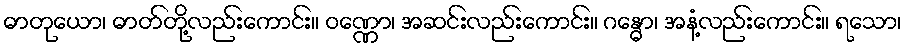
ဓာတုယော၊ ဓာတ်တို့လည်းကောင်း။ ဝဏ္ဏော၊ အဆင်းလည်းကောင်း။ ဂန္ဓော၊ အနံ့လည်းကောင်း။ ရသော၊